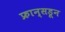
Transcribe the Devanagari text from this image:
फ्रान्सडून